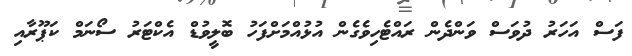
ފަސް އަހަރު ދުވަސް ވަންދެން ރައްޓެހިވެގެން އުޅުއްމަށްފަހު ބޮލީވުޑް އެކްޓަރު ސޯނަމް ކަޕޫރާއި